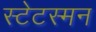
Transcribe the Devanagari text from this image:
स्टेटस्मन